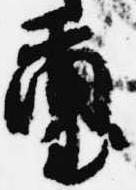
璽